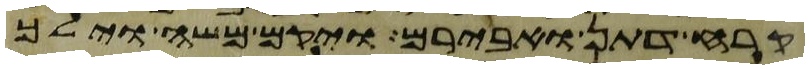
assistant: קרח דתן ואבירם ויקם משה וילך